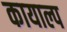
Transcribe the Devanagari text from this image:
कायाल्प